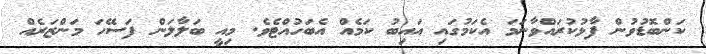
ކަންބޮޑުވުން ފާޅުކުރައްވާނަމަ އެކަމުގައި އައިބު ކަމެއް އެބަހުއްޓެވެ. މިއީ ބަލާލަން ފަސޭހަ މަންޒަރެއް